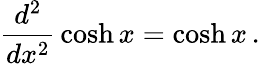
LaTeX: {\frac{d^{2}}{dx^{2}}}\cosh x=\cosh x\, .